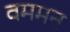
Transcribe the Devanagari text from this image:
वममन